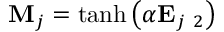
\mathbf { M } _ { j } = \operatorname { t a n h } \left( \alpha \mathbf { E } _ { j } \mathbf \Theta _ { 2 } \right)